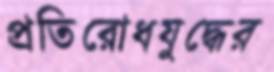
প্রতিরোধযুদ্ধের